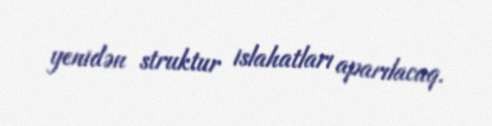
yenidən struktur islahatları aparılacaq.